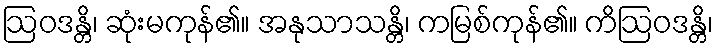
ဩဝဒန္တိ၊ ဆုံးမကုန်၏။ အနုသာသန္တိ၊ ကမြစ်ကုန်၏။ ကိဩဝဒန္တိ၊